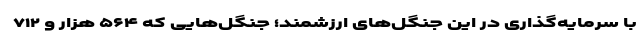
با سرمایه‌گذاری در این جنگل‌های ارزشمند؛ جنگل‌هایی که ۵۶۴ هزار و ۷۱۲